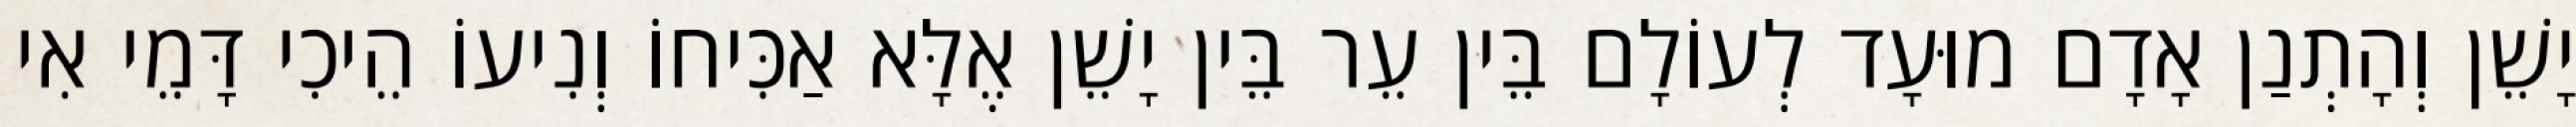
יָשֵׁן וְהָתְנַן אָדָם מוּעָד לְעוֹלָם בֵּין עֵר בֵּין יָשֵׁן אֶלָּא אַכִּיחוֹ וְנִיעוֹ הֵיכִי דָּמֵי אִי